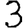
Digit: 3